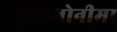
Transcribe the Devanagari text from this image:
ज़ाइगोनीमा